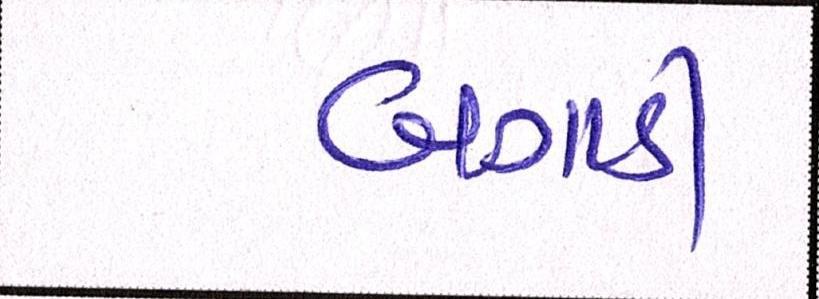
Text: બગાડી